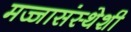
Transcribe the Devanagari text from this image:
मज्जासंस्थेशी